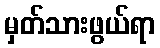
မှတ်သားဖွယ်ရာ